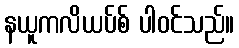
နယူကလိယပ်စ် ပါဝင်သည်။